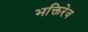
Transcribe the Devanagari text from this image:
भक्तिरेव